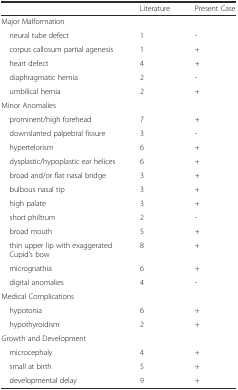
<table><thead><tr><td></td><td><b>Literature</b></td><td><b>Present Case</b></td></tr></thead><tbody><tr><td colspan="3">Major Malformation</td></tr><tr><td> neural tube defect</td><td>1</td><td>-</td></tr><tr><td> corpus callosum partial agenesis</td><td>1</td><td>+</td></tr><tr><td> heart defect</td><td>4</td><td>+</td></tr><tr><td> diaphragmatic hernia</td><td>2</td><td>-</td></tr><tr><td> umbilical hernia</td><td>2</td><td>+</td></tr><tr><td colspan="3">Minor Anomalies</td></tr><tr><td> prominent/high forehead</td><td>7</td><td>+</td></tr><tr><td> downslanted palpebral fissure</td><td>3</td><td>-</td></tr><tr><td> hypertelorism</td><td>6</td><td>+</td></tr><tr><td> dysplastic/hypoplastic ear helices</td><td>6</td><td>+</td></tr><tr><td> broad and/or flat nasal bridge</td><td>3</td><td>+</td></tr><tr><td> bulbous nasal tip</td><td>3</td><td>+</td></tr><tr><td> high palate</td><td>3</td><td>+</td></tr><tr><td> short philtrum</td><td>2</td><td>-</td></tr><tr><td> broad mouth</td><td>5</td><td>+</td></tr><tr><td> thin upper lip with exaggerated Cupid’s bow</td><td>8</td><td>+</td></tr><tr><td> micrognathia</td><td>6</td><td>+</td></tr><tr><td> digital anomalies</td><td>4</td><td>-</td></tr><tr><td colspan="3">Medical Complications</td></tr><tr><td> hypotonia</td><td>6</td><td>+</td></tr><tr><td> hypothyroidism</td><td>2</td><td>+</td></tr><tr><td colspan="3">Growth and Development</td></tr><tr><td> microcephaly</td><td>4</td><td>+</td></tr><tr><td> small at birth</td><td>5</td><td>+</td></tr><tr><td> developmental delay</td><td>9</td><td>+</td></tr></tbody></table>